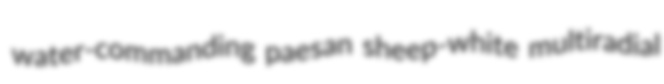
water-commanding paesan sheep-white multiradial